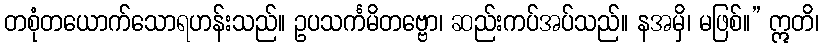
တစုံတယောက်သောရဟန်းသည်။ ဥပသင်္ကမိတဗ္ဗော၊ ဆည်းကပ်အပ်သည်။ နအမှိ၊ မဖြစ်။” ဣတိ၊